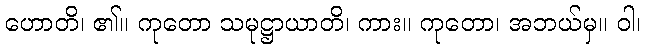
ဟောတိ၊ ၏။ ကုတော သမုဋ္ဌာယာတိ၊ ကား။ ကုတော၊ အဘယ်မှ။ ဝါ၊